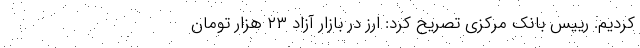
کردیم. رییس بانک مرکزی تصریح کرد: ارز در بازار آزاد ٢٣ هزار تومان